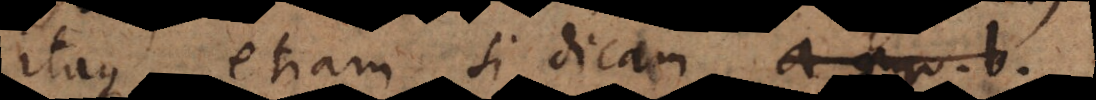
itaque etiam si dicam ac aequ. b